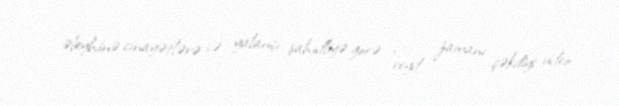
əleyhinə cinayətlərə və yalançı şahidliyə görə "reyd zamanı çəkdiyi video